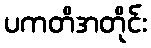
ပကတိအတိုင်း